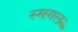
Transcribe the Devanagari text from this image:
स्मगल